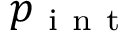
p _ { \mathrm { ~ i ~ n ~ t ~ } }